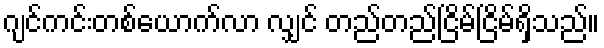
ဂျင်ကင်းတစ်ယောက်လာ လျှင် တည်တည်ငြိမ်ငြိမ်ရှိသည်။